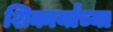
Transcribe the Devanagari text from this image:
शिकार्यांच्या